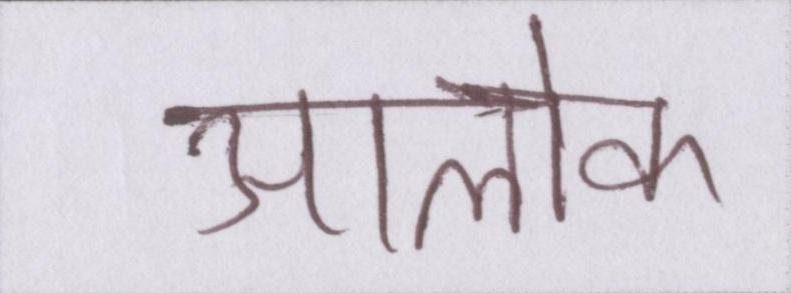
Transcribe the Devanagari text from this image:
अलोक